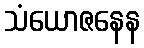
သံယောဇနေန